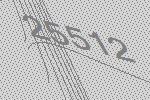
25512